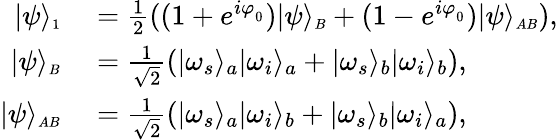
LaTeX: \begin{array}{rl}{|\psi\rangle_{\scriptscriptstyle 1}}&{{}=\frac{1}{2}((1+e^{i\varphi_{_0}})|\psi\rangle_{\scriptscriptstyle B}+(1-e^{i\varphi_{_0}})|\psi\rangle_{\scriptscriptstyle AB}),}\\ {|\psi\rangle_{\scriptscriptstyle B}}&{{}=\frac{1}{\sqrt{2}}\left(\vert\omega_{s}\rangle_{a}\vert\omega_{i}\rangle_{a}+\vert\omega_{s}\rangle_{b}\vert\omega_{i}\rangle_{b}\right),}\\ {|\psi\rangle_{\scriptscriptstyle AB}}&{{}=\frac{1}{\sqrt{2}}\left(\vert\omega_{s}\rangle_{a}\vert\omega_{i}\rangle_{b}+\vert\omega_{s}\rangle_{b}\vert\omega_{i}\rangle_{a}\right),}\end{array}